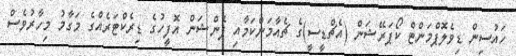
ހައުސިން ޑިވެލޮޕްމަންޓް ކޯޕަރޭޝަން (އެޗްޑީސީ)ގެ ޗެއާމަންކަމާއި ޕެންޝަން އޮފީހުގެ ޑިރެކްޓަރެއްގެ މަގާމު މިހާރުވެސް